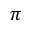
\pi